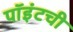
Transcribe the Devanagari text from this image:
पॉइंटची